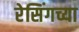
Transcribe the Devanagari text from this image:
रेसिंगच्या